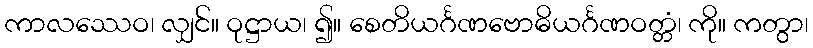
ကာလဿေဝ၊ လျှင်။ ဝုဋ္ဌာယ၊ ၍။ စေတိယင်္ဂဏဗောဓိယင်္ဂဏဝတ္တံ၊ ကို။ ကတွာ၊